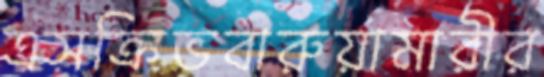
এসক্রিভবারুয়ামারীর